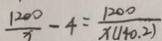
\frac { 1 2 0 0 } { x } - 4 = \frac { 1 2 0 0 } { x ( 1 1 0 . 2 ) }